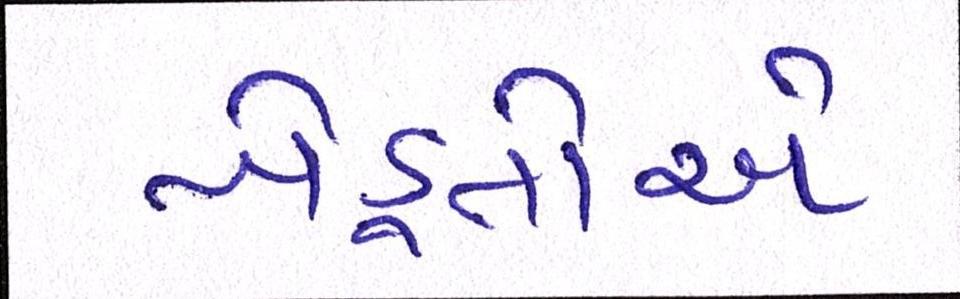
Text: ખેડૂતોએ